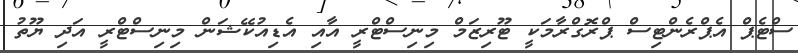
ސްޓެޕް އެޕްރެންޓިސް ޕްރޮގްރާމަކީ ޓޫރިޒަމް މިނިސްޓްރީ އާއި އެޑިއުކޭޝަން މިނިސްޓްރީ އަދި ޔޫތު